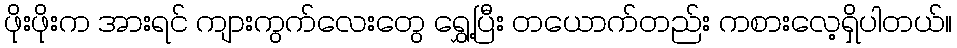
ဖိုးဖိုးက အားရင် ကျားကွက်လေးတွေ ရွှေ့ပြီး တယောက်တည်း ကစားလေ့ရှိပါတယ်။